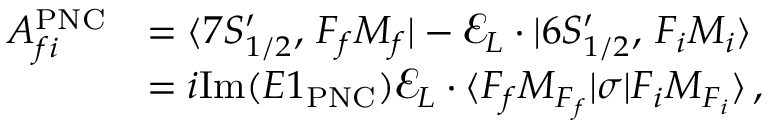
\begin{array} { r l } { A _ { f i } ^ { \mathrm { P N C } } } & { = \ensuremath { \langle 7 S _ { 1 / 2 } ^ { \prime } , \, F _ { f } M _ { f } | } - \mathbfcal { E } _ { L } \cdot { \v { D } } \ensuremath { | 6 S _ { 1 / 2 } ^ { \prime } , \, F _ { i } M _ { i } \rangle } } \\ & { = i \mathrm { I m } ( E 1 _ { \mathrm { P N C } } ) \mathbfcal { E } _ { L } \cdot \ensuremath { \langle F _ { f } M _ { F _ { f } } | } \ensuremath { \boldsymbol { \sigma } } \ensuremath { | F _ { i } M _ { F _ { i } } \rangle } \, , } \end{array}